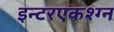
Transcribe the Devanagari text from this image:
इन्टरएकश्ग्न